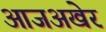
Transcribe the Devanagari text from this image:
आजअखेर